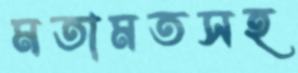
মতামতসহ